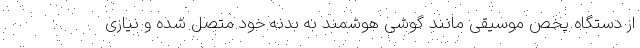
از دستگاه پخص موسیقی مانند گوشی هوشمند به بدنه خود متصل شده و نیازی